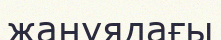
жанұядағы